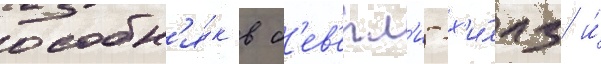
особн'я́к в б'ев'ерл'и-х'и́ллз и́